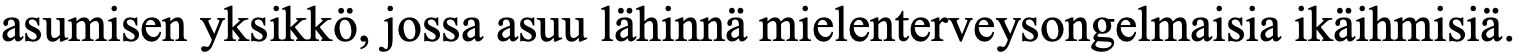
asumisen yksikkö, jossa asuu lähinnä mielenterveysongelmaisia ikäihmisiä.